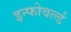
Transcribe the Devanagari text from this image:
इन्फोवर्ल्ड